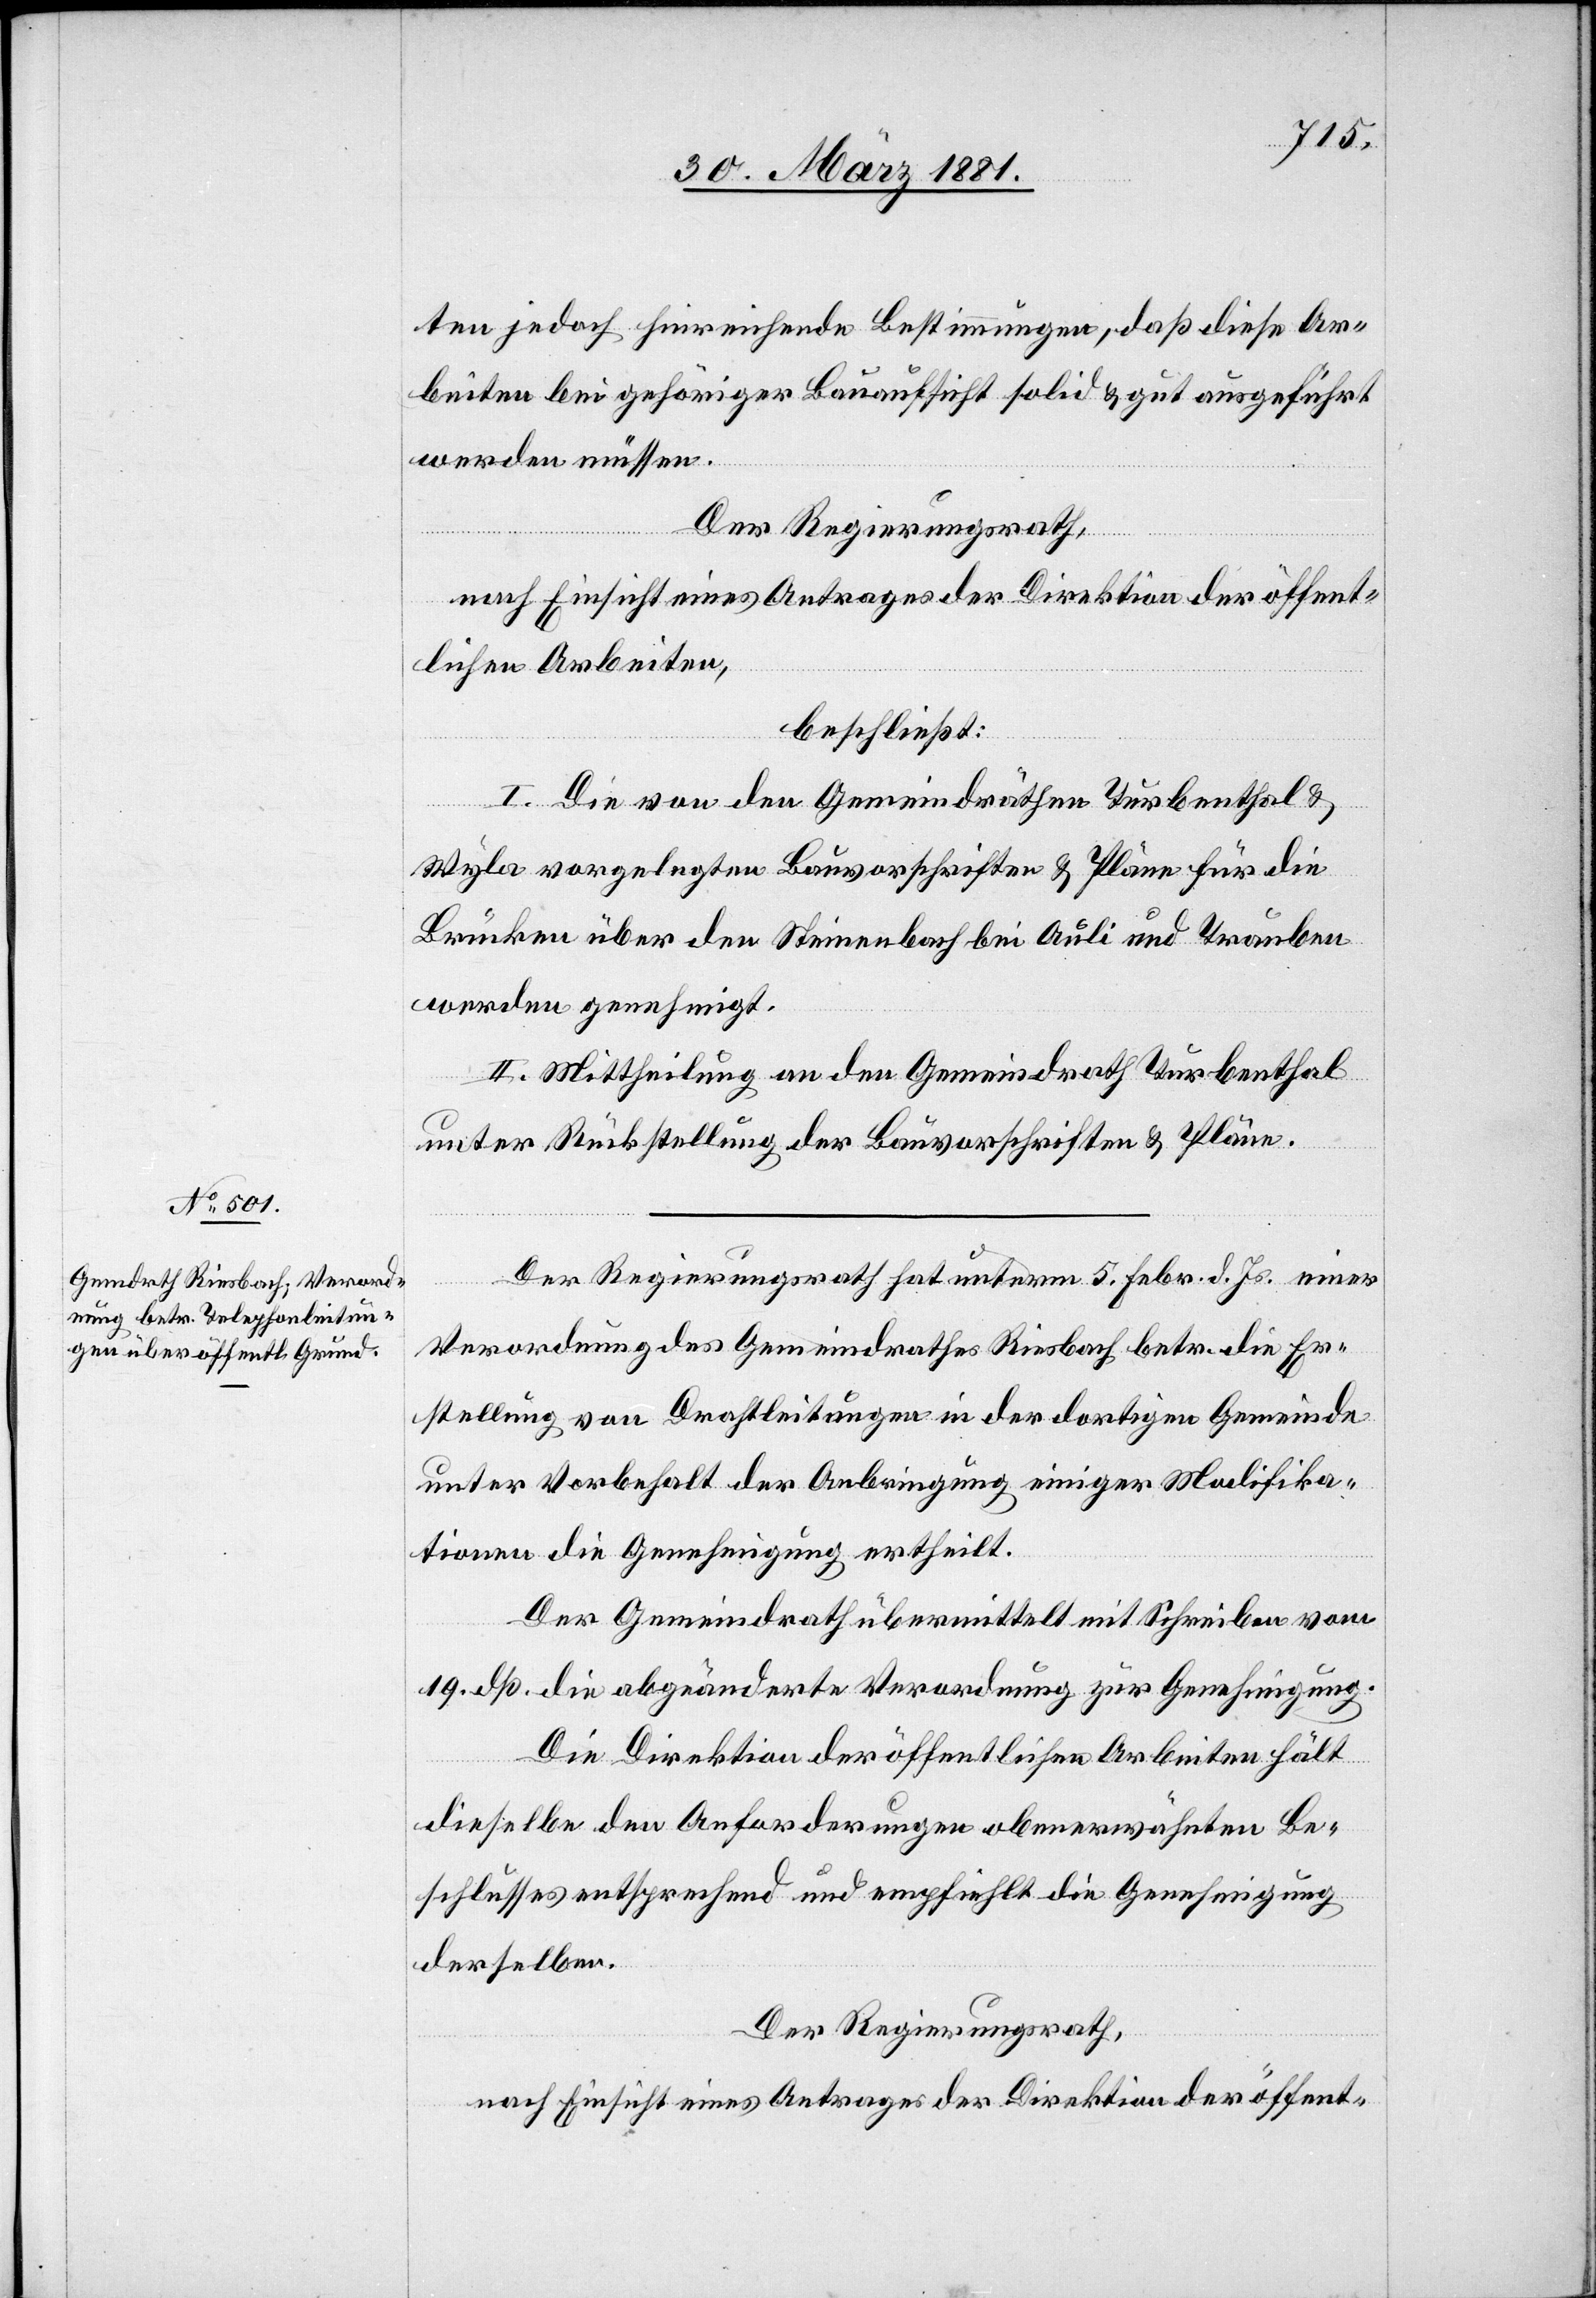
ten jedoch hinreichende Bestimmungen, daß diese Ar¬
beiten bei gehöriger Bauaufsicht solid & gut ausgeführt
werden müssen.
Der Regierungsrath,
nach Einsicht eines Antrages der Direktion der öffent¬
lichen Arbeiten,
beschließt:
I. Die von den Gemeindräthen Turbenthal &
Wyla vorgelegten Bauvorschriften & Pläne für die
Brücken über den Steinenbach bei Auli und Trauben
werden genehmigt.
II. Mittheilung an den Gemeindrath Turbenthal
unter Rückstellung der Bauvorschriften & Pläne.
Der Regierungsrath hat unterem 5. Febr. d. Js. einer
Verordnung des Gemeindrathes Riesbach betr. die Er¬
stellung von Drahtleitungen in der dortigen Gemeinde
unter Vorbehalte der Anbringung einiger Modifika¬
tionen die Genehmigung ertheilt.
Der Gemeindrath übermittelt mit Schreiben vom
19. dß. die abgeänderte Verordnung zur Genehmigung.
Die Direktion der öffentlichen Arbeiten hält
dieselbe den Anforderungen obenerwähnten Be¬
schlusses entsprechend und empfiehlt die Genehmigung
derselben.
Der Regierungsrath,
nach Einsicht eines Antrages der Direktion der öffent-